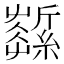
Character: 𦆰